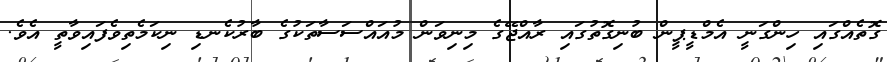
ގޮތެއްގައި ހިންގަނީ އެމްޑީޕީން ބުނިގޮތުގައި ރާއްޖޭގެ މިނިވަން މުއައްސަސާތަކުގެ ބާރުކެނޑި ނިކަމެތިވެފައިވާތީ އެވެ.